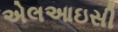
એલઆઇસી